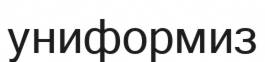
униформиз